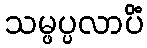
သမ္ဖပ္ပလာပိံ